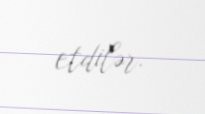
etdilər.